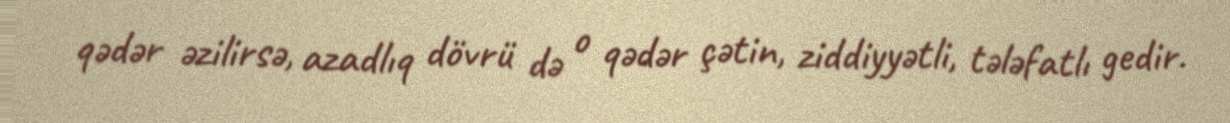
qədər əzilirsə, azadlıq dövrü də o qədər çətin, ziddiyyətli, tələfatlı gedir.